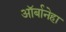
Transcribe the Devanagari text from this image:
ऑर्बानेहा